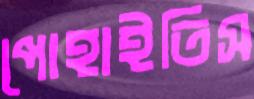
পোহাইতিস